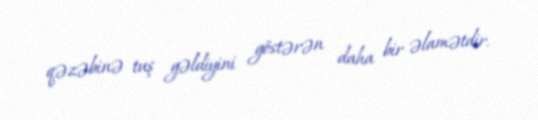
qəzəbinə tuş gəldiyini göstərən daha bir əlamətdir.